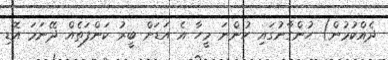
ދެއްކުމުން) ހުންގާނުގައި ހުންނަ މީހާ އެ އަޑަށް ބީރު ކަންފަތެއް ދޭނަމަ އޮޑި